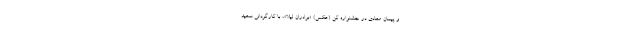
و پیمان معادی در جشنواره کن (عکس) «برادران لیلا»، با کارگردانی سعید